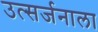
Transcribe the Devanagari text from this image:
उत्सर्जनाला